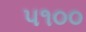
૫૧૦૦